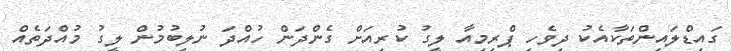
ގައިޑްލައިންތަކާއެކު ދިވެހި ޕްރިމިއާ ލީގު ކުރިއަށް ގެންދަން ހުއްދަ ނުލިބުމުން ލީގު މުއްދަތެއް